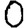
Digit: 0